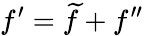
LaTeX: f^{\prime}=\widetilde{f}+f^{\prime\prime}